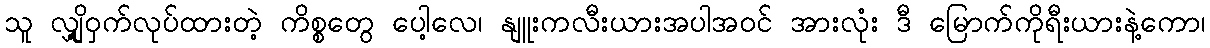
သူ လျှို့ဝှက်လုပ်ထားတဲ့ ကိစ္စတွေ ပေါ့လေ၊ နျူးကလီးယားအပါအဝင် အားလုံး ဒီ မြောက်ကိုရီးယားနဲ့ကော၊